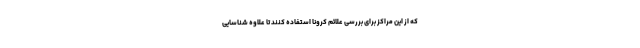
که از این مراکز برای بررسی علائم کرونا استفاده کنند تا علاوه شناسایی